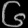
Digit: ၆